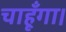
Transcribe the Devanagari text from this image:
चाहूँगा।